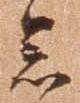
念